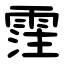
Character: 霔